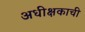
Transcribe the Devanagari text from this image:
अधीक्षकाची